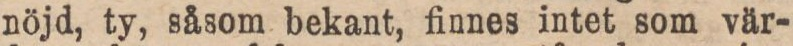
nöjd, ty, såsom bekant, finnes intet som vär-